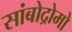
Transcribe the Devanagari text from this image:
सांबोद्रोमो